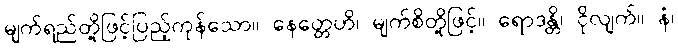
မျက်ရည်တို့ဖြင့်ပြည့်ကုန်သော။ နေတ္တေဟိ၊ မျက်စိတို့ဖြင့်။ ရောဒန္တိ၊ ငိုလျက်။ နံ၊